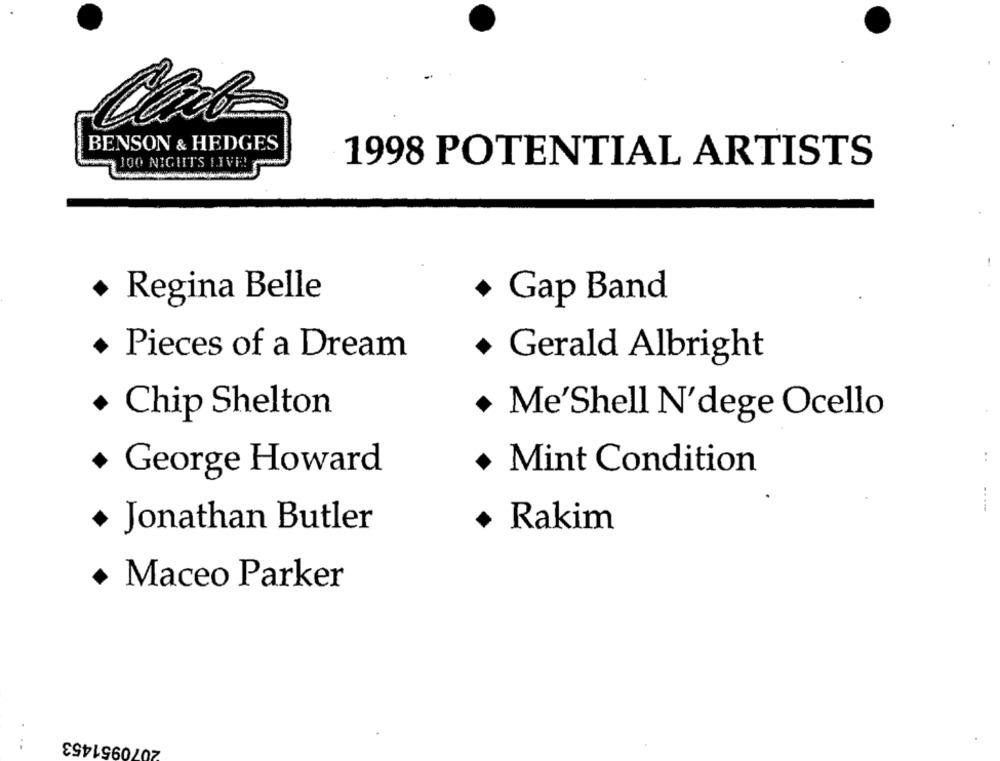
BENSON & HEDGES
300 NIGHTS LIVE !!
1998 POTENTIAL ARTISTS
· Regina Belle
+ Gap Band
+ Pieces of a Dream
+ Gerald Albright
+ Chip Shelton
· Me'Shell N'dege Ocello
..
+ Mint Condition
+ George Howard
...-
+ Jonathan Butler
Rakim
· Maceo Parker
2070951453